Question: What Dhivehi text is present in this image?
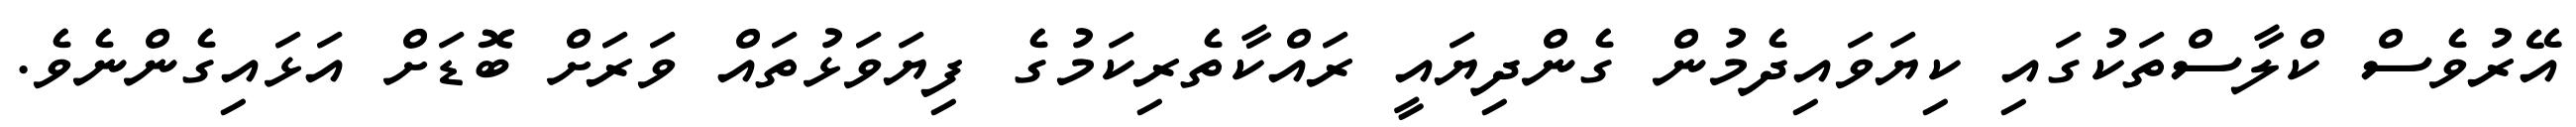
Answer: އޭރުވެސް ކްލާސްތަކުގައި ކިޔަވައިދެމުން ގެންދިޔައީ ރައްކާތެރިކަމުގެ ފިޔަވަޅުތައް ވަރަށް ބޮޑަށް އަޅައިގެންނެވެ.